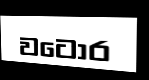
වටොර